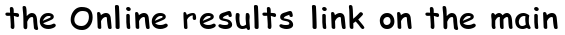
the Online results link on the main